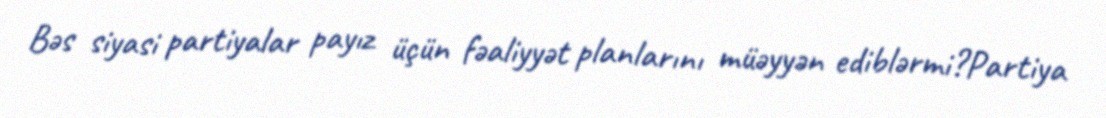
Bəs siyasi partiyalar payız üçün fəaliyyət planlarını müəyyən ediblərmi?Partiya